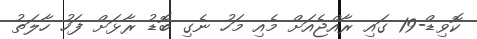
ކޮވިޑް-19 ގައި ރާއްޖެއަށް މެއި މަހު ނެގި ބޮޑު ރާޅަށް ފަހު ހާލަތު